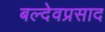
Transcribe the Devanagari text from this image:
बल्देवप्रसाद